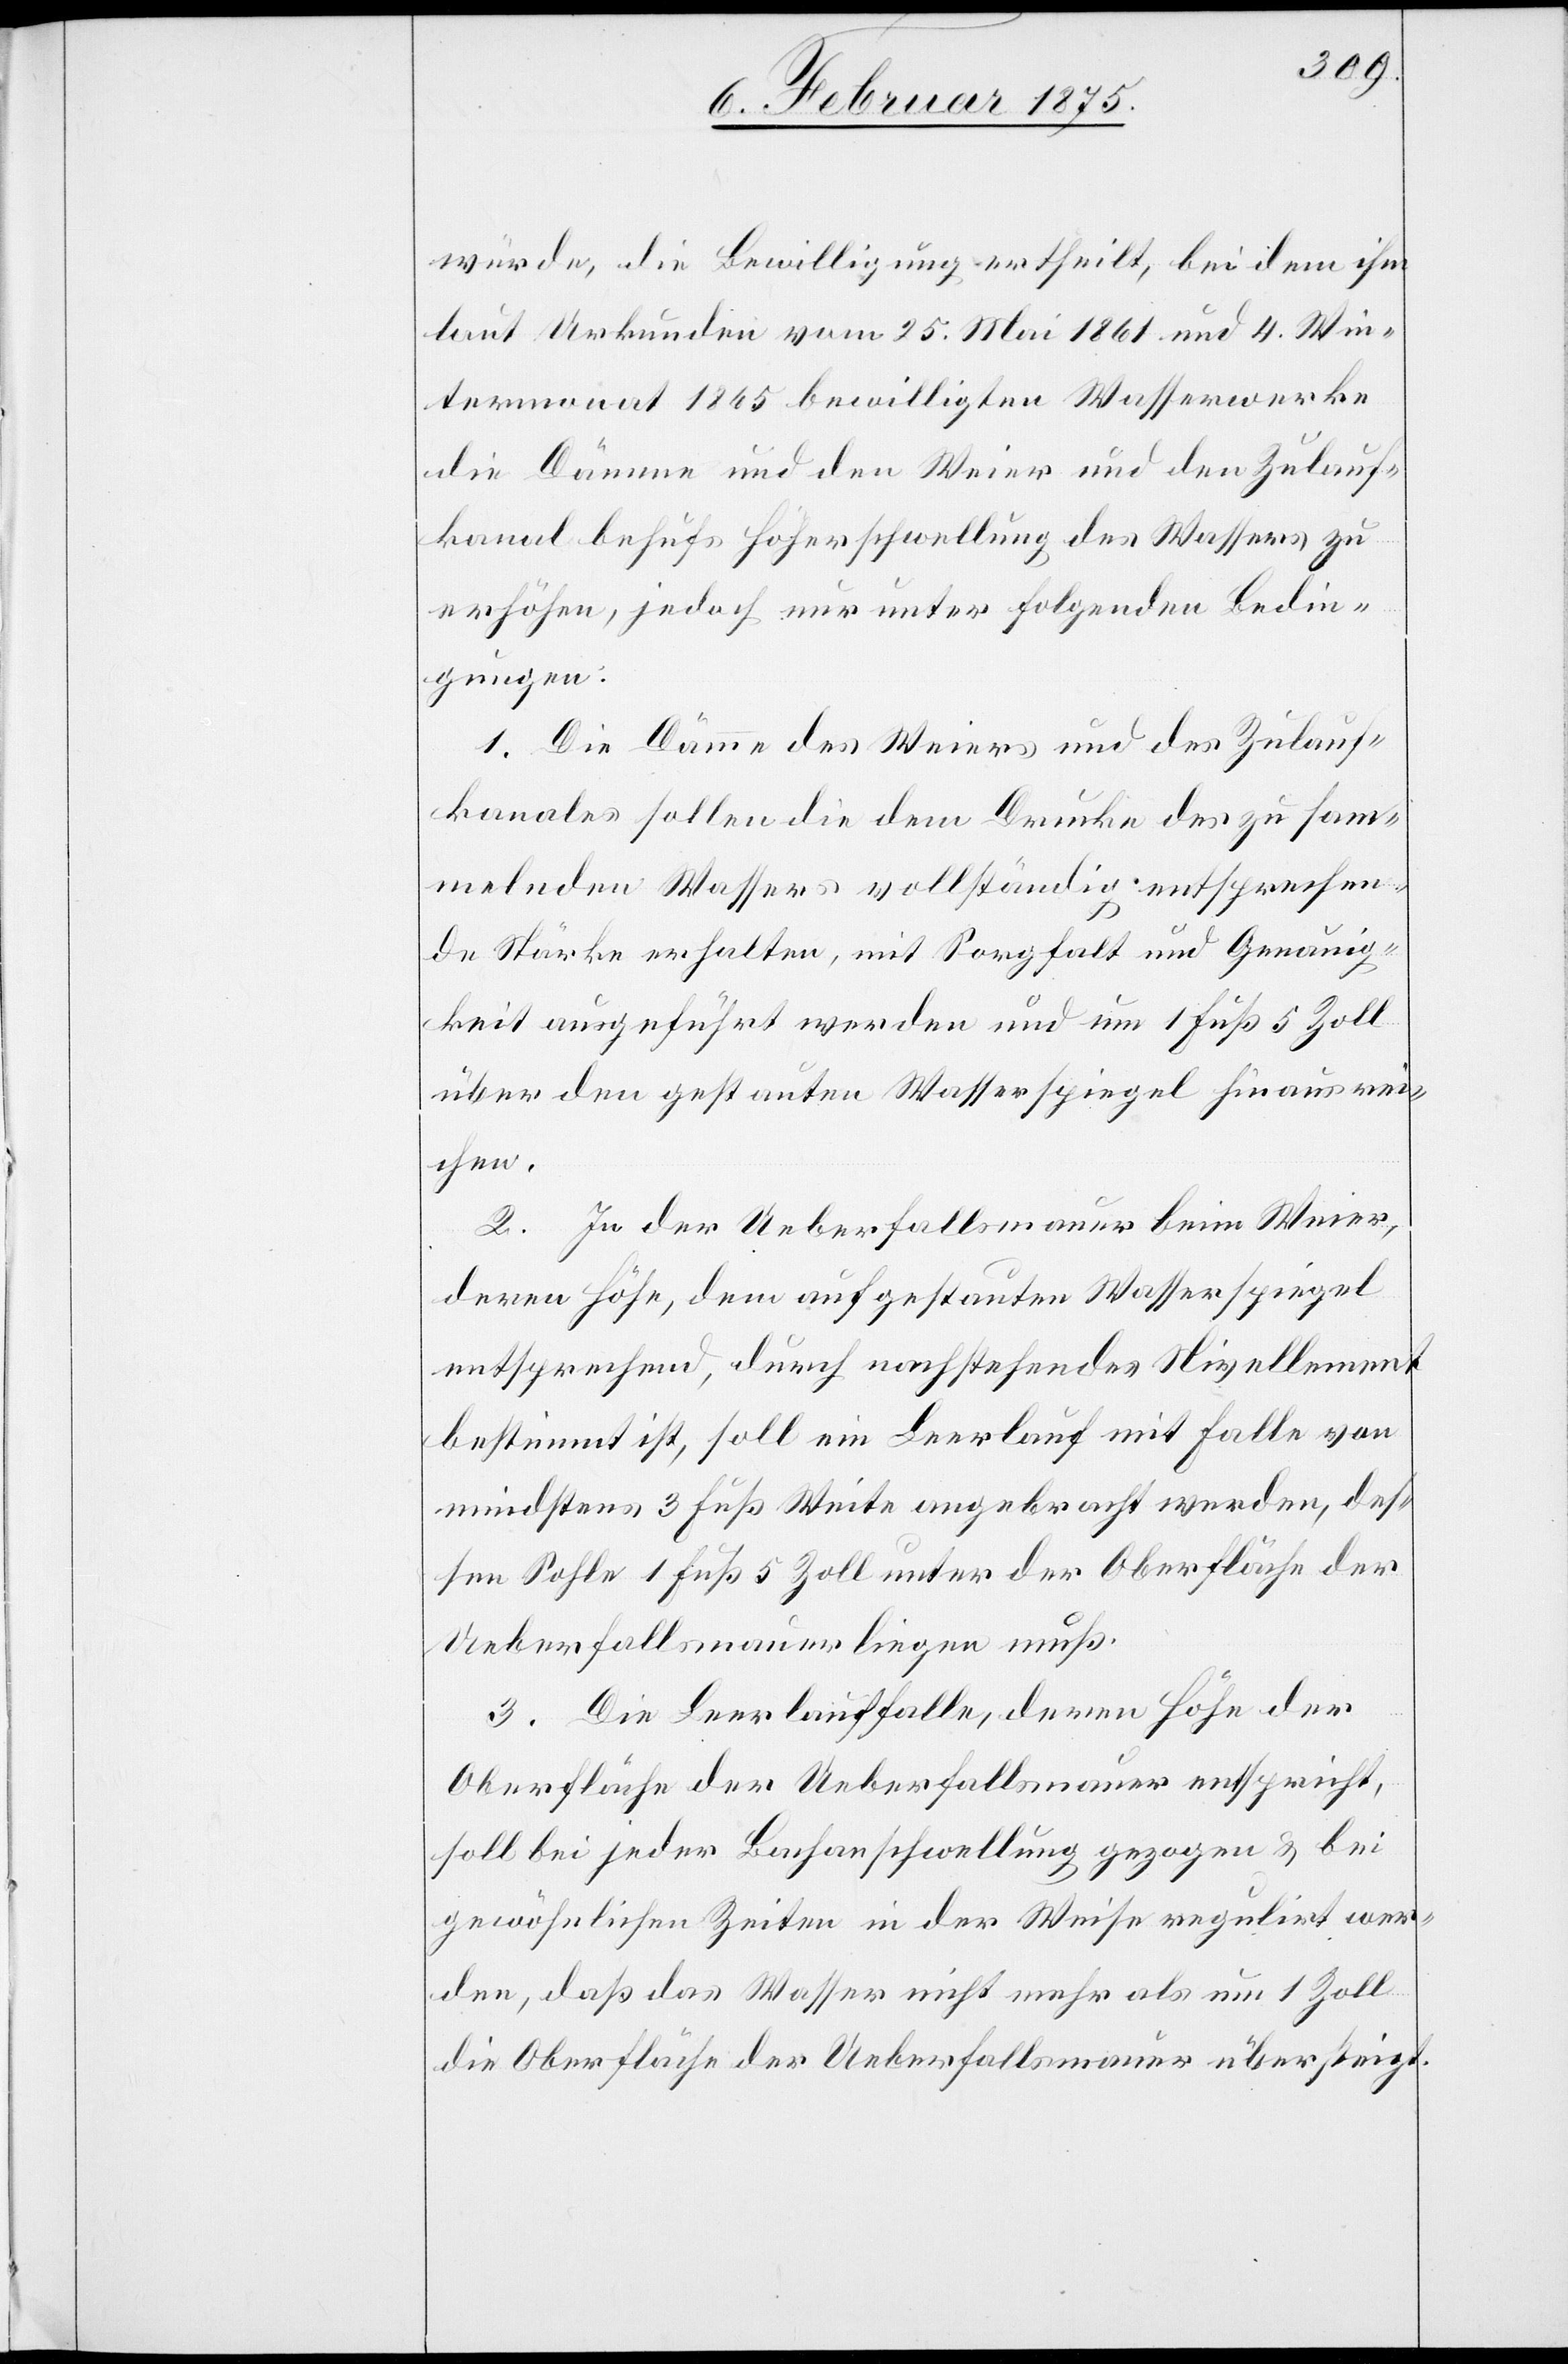
würde, die Bewilligung ertheilt, bei dem ihm
laut Urkunden vom 25. Mai 1861 und 4. Win¬
termonat 1865 bewilligten Wasserwerke
die Dämme und den Weier und den Zulauf¬
kanal behufs Höherschwellung des Wassers zu
erhöhen, jedoch nur unter folgenden Bedin¬
gungen:
1. Die Dämme des Weiers und des Zulauf¬
kanales sollen die dem Drucke des zu sam¬
melnden Wassers vollständig entsprechen¬
de Stärke erhalten, mit Sorgfalt und Genauig¬
keit ausgeführt werden und um 1 Fuß 5 Zoll
über den gestauten Wasserspiegel hinaus wei¬
chen.
2. In der Ueberfallsmauer beim Weier,
entsprechend, durch nachstehendes Nivellement
bestimmt ist, soll ein Leerlauf mit Falle von
mindestens 3 Fuß Weite angebracht werden, des¬
sen Sohle 1 Fuß 5 Zoll unter der Oberfläche der
Ueberfallsmauer liegen muß.
3. Die Leerlauffalle, deren Höhe der
Oberfläche der Ueberfallsmauer entspricht,
soll bei jeder Bachanschwellung gezogen & bei
gewöhnlichen Zeiten in der Weise regulirt wer¬
den, daß das Wasser nicht mehr als nur 1 Zoll
die Oberfläche der Ueberfallsmauer übersteigt.